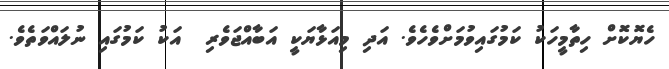
ހެޔޮކޮށް ހިތާމީހަކު ކަމުގައިވުމަށްވެހެވެ. އަދި މިއަޅާޔަކީ އަބާއްޖަވެރި  އަކު ކަމުގައި ނުލައްވަތެވެ.